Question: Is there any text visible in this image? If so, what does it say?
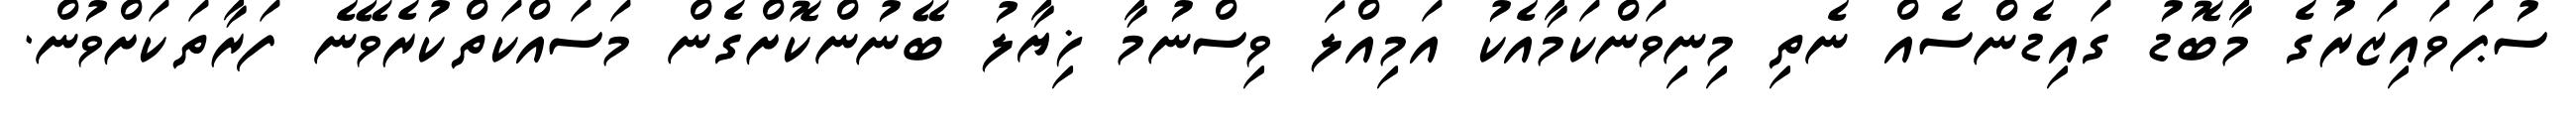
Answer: ސުޕަވައިޒަރުގެ މާބޮޑު ގައިޑެންސެއް ނެތި މިނިވަންކަމާއެކު އަމިއްލަ ވިސްނުމާ ޚިޔާލު ބޭނުންކޮށްގެން މަސައްކަތްކުރެވޭނެ ފަރާތަކަށްވުން.